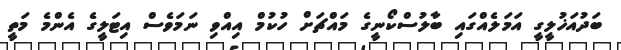
ބަދުއަޚުލީގީ އަމަލެއްގައި ބާލުސްކޯނީގެ މައްޗަށް ހުކުމް އިއްވި ނަމަވެސް އިޓަލީގެ އެންމެ މަތީ